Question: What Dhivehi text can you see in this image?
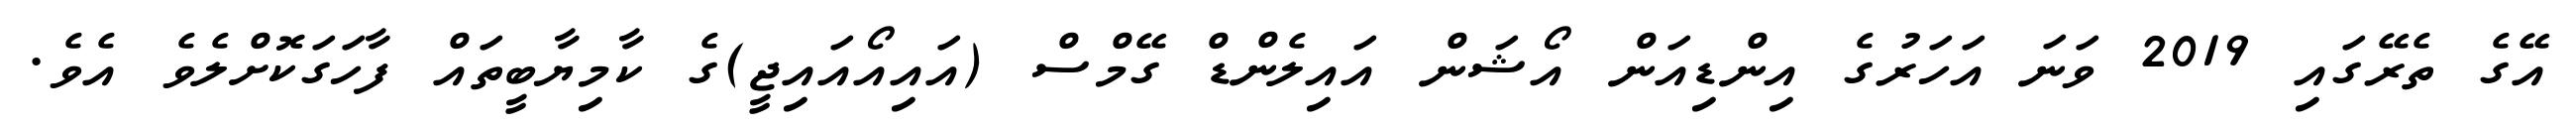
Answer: އޭގެ ތެރޭގައި 2019 ވަނަ އަހަރުގެ އިންޑިއަން އޯޝަން އައިލެންޑް ގޭމްސް (އައިއޯއައިޖީ)ގެ ކާމިޔާބީތައް ފާހަގަކޮށްލެވެ އެވެ.